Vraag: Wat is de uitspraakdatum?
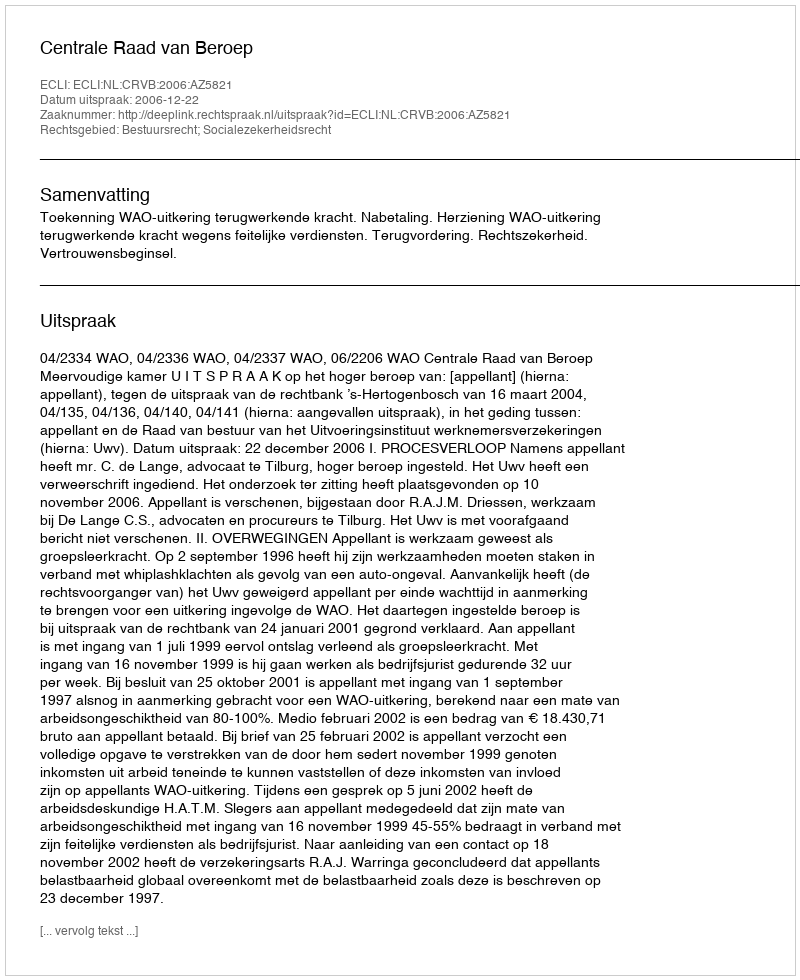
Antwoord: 2006-12-22